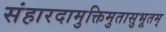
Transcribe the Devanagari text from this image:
संहारदामुक्तिमुतासुभूतम्